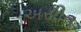
અસીત